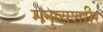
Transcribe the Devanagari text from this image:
मनुष्यशरीर